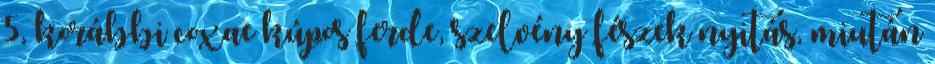
5, korábbi coxae kúpos ferde, szelvény fészek nyitás, miután